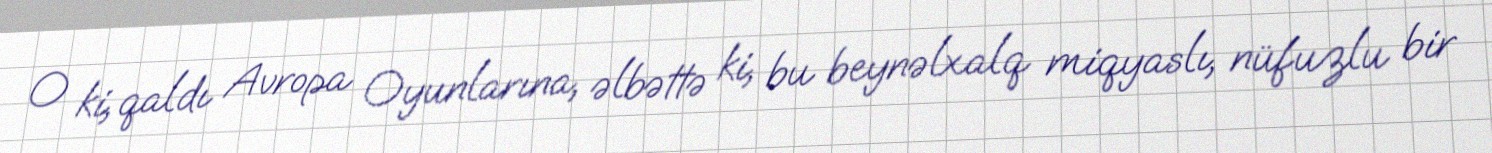
O ki, qaldı Avropa Oyunlarına, əlbəttə ki, bu beynəlxalq miqyaslı, nüfuzlu bir